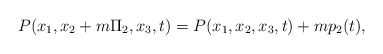
\begin{align*}P(x_1,x_2+m\Pi_2,x_3,t)=P(x_1,x_2,x_3,t)+mp_2(t),\end{align*}